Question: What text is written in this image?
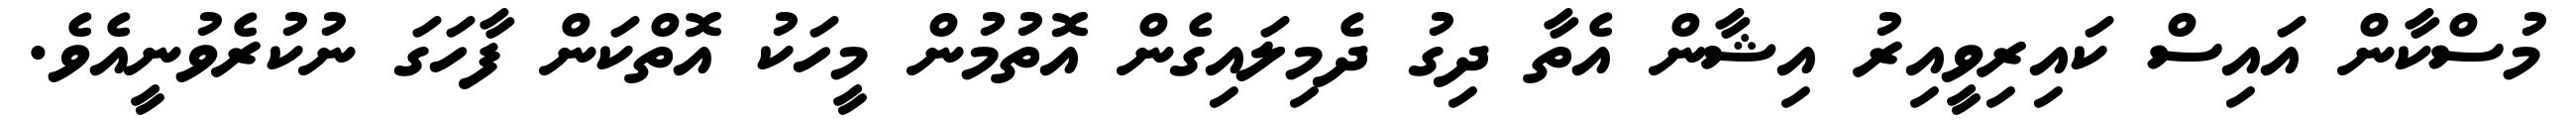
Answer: މުސްކާން އައިސް ކައިރިވީއިރު އިޝާން އެތާ ދިގު ދެމިލައިގެން އޮތުމުން މީހަކު އޮތްކަން ފާހަގަ ނުކުރެވުނީއެވެ.